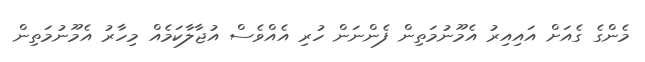
މެންގެ ގެއަށް އައިއިރު އެމޫނުމަތިން ފެންނަން ހުރި އެއްވެސް އުޖާލާކަމެއް މިހާރު އެމޫނުމަތިން